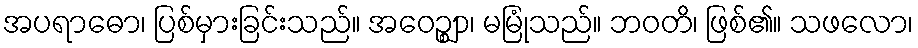
အပရာဓော၊ ပြစ်မှားခြင်းသည်။ အဝေဉ္ဈာ၊ မမြုံသည်။ ဘဝတိ၊ ဖြစ်၏။ သဖလော၊